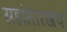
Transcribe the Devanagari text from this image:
ग्रहांसारखेच